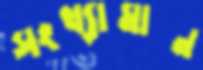
সংখ্যামান